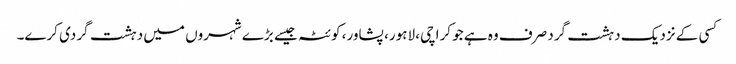
کسی کے نزدیک دہشت گرد صرف وہ ہے جو کراچی، لاہور، پشاور، کوئٹہ جیسے بڑے شہروں میں دہشت گردی کرے۔